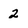
Character: 2